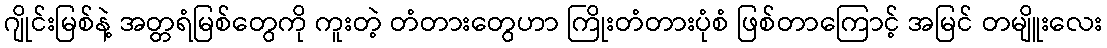
ဂျိုင်းမြစ်နဲ့ အတ္တရံမြစ်တွေကို ကူးတဲ့ တံတားတွေဟာ ကြိုးတံတားပုံစံ ဖြစ်တာကြောင့် အမြင် တမျိူးလေး